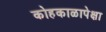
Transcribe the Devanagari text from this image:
कोहकाळापेक्षा